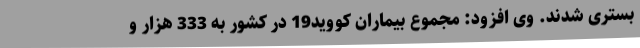
بستری شدند. وی افزود: مجموع بیماران کووید19 در کشور به 333 هزار و